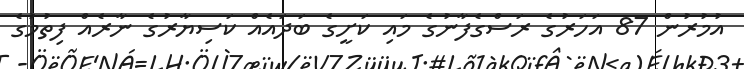
އުމުރުން 87 އަހަރުގެ ރަސްގެފާނުގެ މައި ކަށީގެ ބަދައެއް ކަސިޔާރުގެ ނާރެއް ފިތުމުގެ